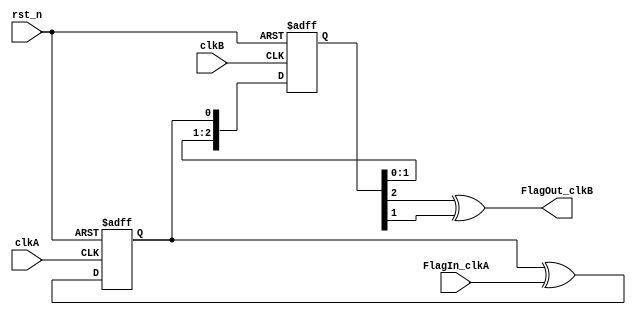
`timescale 1ns/1ps
module flag_sync(/*autoport*/
//output
           FlagOut_clkB,
//input
           rst_n,
           clkA,
           FlagIn_clkA,
           clkB);

input wire rst_n;
input wire clkA;
input wire FlagIn_clkA;
input wire clkB;
output wire FlagOut_clkB;

// this changes level when the FlagIn_clkA is seen in clkA
reg FlagToggle_clkA;
always @(posedge clkA or negedge rst_n)
begin
    if(!rst_n)
        FlagToggle_clkA <= 1'b0;
    else
        FlagToggle_clkA <= FlagToggle_clkA ^ FlagIn_clkA;
end

// which can then be sync-ed to clkB
reg [2:0] SyncA_clkB;
always @(posedge clkB or negedge rst_n)
begin
    if(!rst_n)
        SyncA_clkB <= 3'b0;
    else
        SyncA_clkB <= {SyncA_clkB[1:0], FlagToggle_clkA};
end

// and recreate the flag in clkB
assign FlagOut_clkB = (SyncA_clkB[2] ^ SyncA_clkB[1]);
/*

always #20 clkA = ~clkA;
always #3 clkB = ~clkB;
initial begin
    clkB=0;
    clkA=0;
    FlagToggle_clkA=0;
    SyncA_clkB=0;    
    FlagIn_clkA=0;
    @(negedge clkA);
    FlagIn_clkA=1;
    @(negedge clkA);
    FlagIn_clkA=0;

    repeat(5)
        @(negedge clkA);
    FlagIn_clkA=1;
    @(negedge clkA);
    FlagIn_clkA=0;
end

*/

endmodule